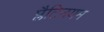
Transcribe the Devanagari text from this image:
प्लैटिनयम